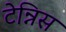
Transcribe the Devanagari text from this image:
टेन्निस